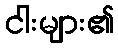
ငါးများ၏